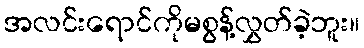
အလင်းရောင်ကိုမစွန့်လွှတ်ခဲ့ဘူး။